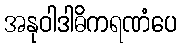
အနုဝါဒါဓိကရဏံပေ